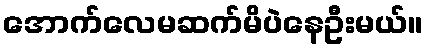
အောက်လေမဆက်မိပဲနေဦးမယ်။